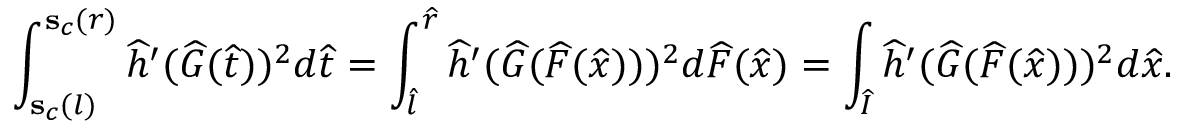
\int _ { \mathbf { s } _ { c } ( l ) } ^ { \mathbf { s } _ { c } ( r ) } \widehat { h } ^ { \prime } ( \widehat { G } ( \widehat t ) ) ^ { 2 } d \widehat t = \int _ { \widehat { l } } ^ { \widehat { r } } \widehat { h } ^ { \prime } ( \widehat { G } ( \widehat { F } ( \widehat { x } ) ) ) ^ { 2 } d \widehat { F } ( \widehat { x } ) = \int _ { \widehat { I } } \widehat { h } ^ { \prime } ( \widehat { G } ( \widehat { F } ( \widehat { x } ) ) ) ^ { 2 } d \widehat { x } .